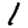
Digit: 1